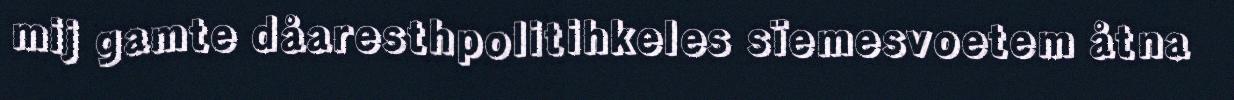
mij gamte dåaresthpolitihkeles sïemesvoetem åtna